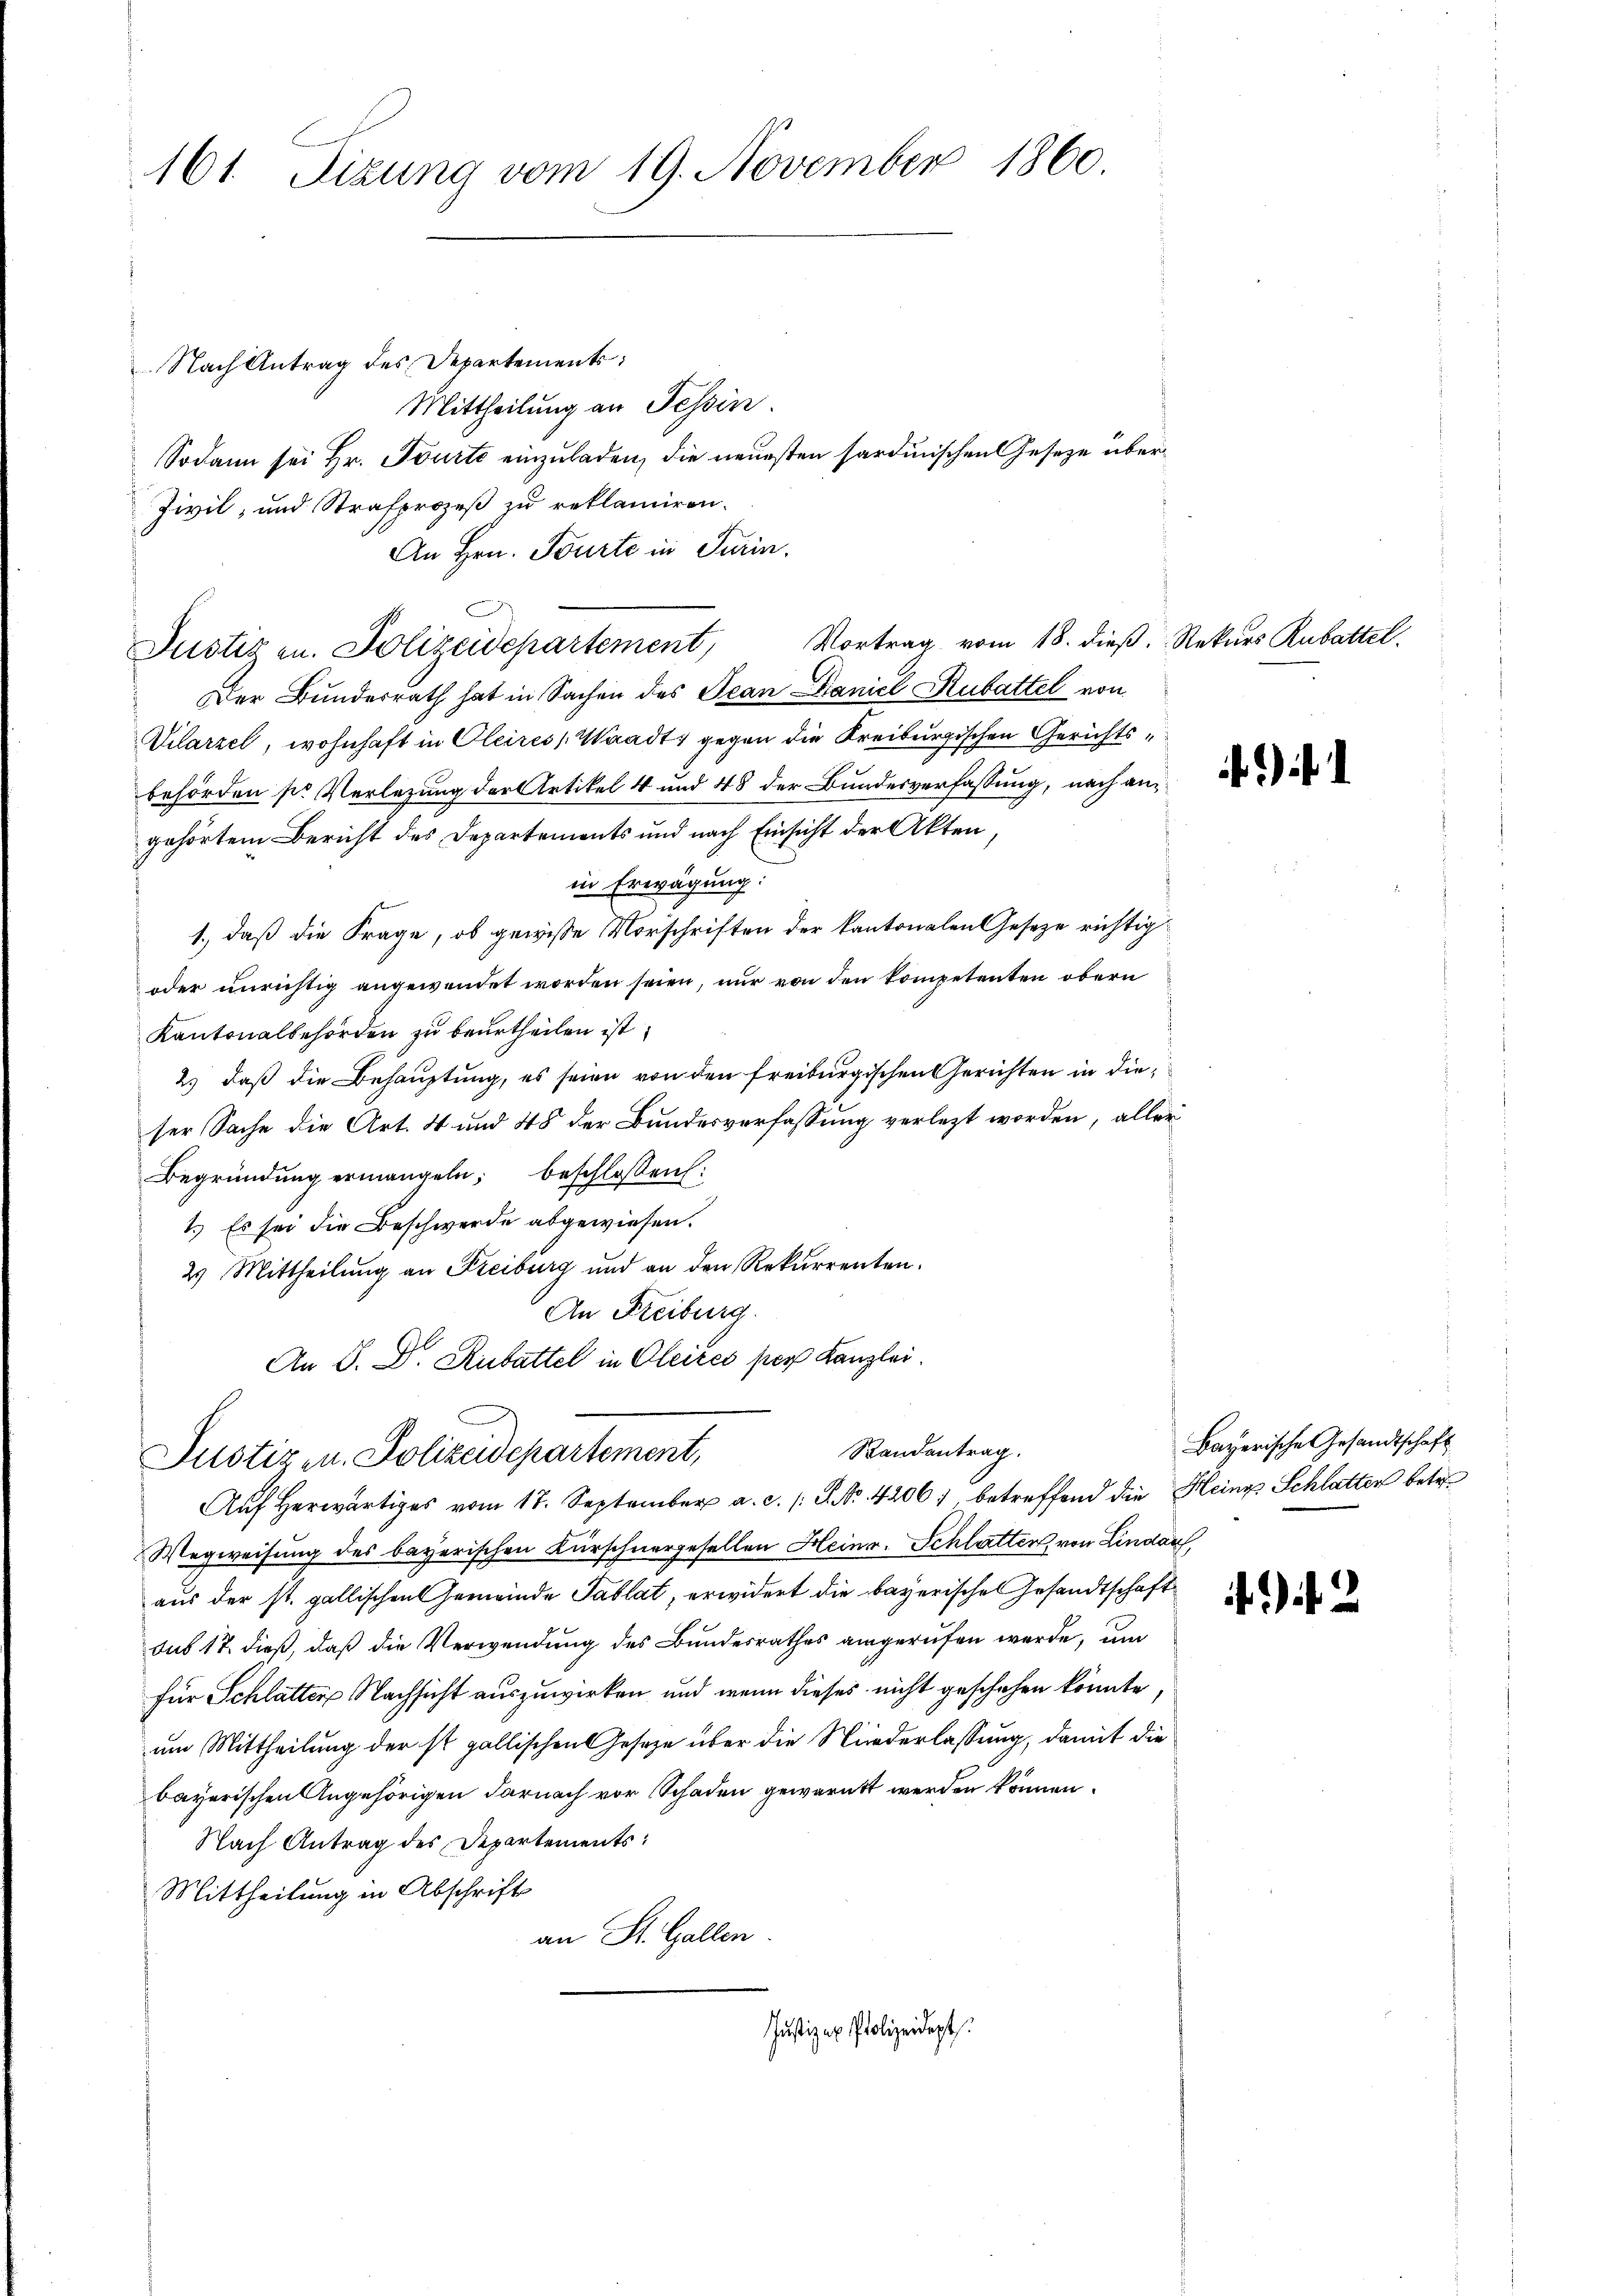
161. Sizung vom 19. November 1860.

Nach Antrag des Departement:
Mittheilung an Tessin.
Sodann sei Hr. Tourte einzuladen, die neuesten sardinischen Geseze über¬
Zivil, und Strafprozeß zu reklamiren.
An Hrn. Tourte in Turin.
Vortrag vom 18. dieß. Rekurs Rubattel
Justiz zu. Polizeidepartement,
Der Bundesrath hat in Sachen des Jean Daniel Rubattel von
Vilarzel, wohnhaft in Oleires Waadt, gegen die Kreiburgischen Gerichtsbehörden sr Verlegung der Artikel 4 und 48 der Bundesverfassung, nach angehörtem Bericht des Departements und nach Einsicht der Akten,
in Erwägung:
1., daß die Frage, ob gewisse Vorschriften der kantonalen Gesetze richtig¬
oder unrichtig angewendet worden seien, nur von den kompetenten obern
Kantonalbehörden zu beurtheilen ist.
2.) daß die Behauptung, es seien von den freiburgischen Gerichten in die
ser Sache die Art. 4 und 48 der Bundesverfassung verletzt worden, aller
Begründung ermangeln, beschlossen:
1.) Es sei die Beschwerde abgewiesen.
2) Mittheilung an Freiburg und an den Rekurrenten.
An Freiburg.
An V. D. Rubattel in Oleites per Kanzlei.

Randantrag.
Justizen. Polizeidepartement,
Aŭf herwärtiges vom 17. September a. c. s. S. Nr. 4206; betreffend die Heings Schlatten betr.

Wegweisung des bayerischen Kürschnergesellen Heinr. Schlatten, von Lindau,
aus der st. gallischen Gemeinde Tablat, erwidert die bayerische Gesandtschaft
sus 17. dieß, daß die Verwendung des Bundesrathes angerufen werde, um
für Schlatten Nachsicht auszuwirken und wenn dieses nicht geschehen könnte
um Mittheilung der ist gallischen Gesetze über die Niederlassung, damit die
bayerischen Angehörigen darnach vor Schaden gewarnt werden können.
Nach Antrag des Departements:
Mittheilung in Abschrift
an St. Gallen.
Justiz an Polizeidigt

)

Bayerische Gesandtschaft